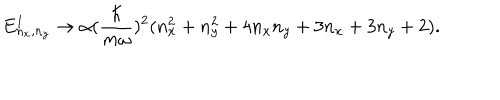
E _ { n _ { x } , n _ { y } } ^ { 1 } \rightarrow \alpha ( { \frac { \hbar } { m \omega } } ) ^ { 2 } ( n _ { x } ^ { 2 } + n _ { y } ^ { 2 } + 4 n _ { x } n _ { y } + 3 n _ { x } + 3 n _ { y } + 2 ) .